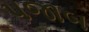
પજાબ